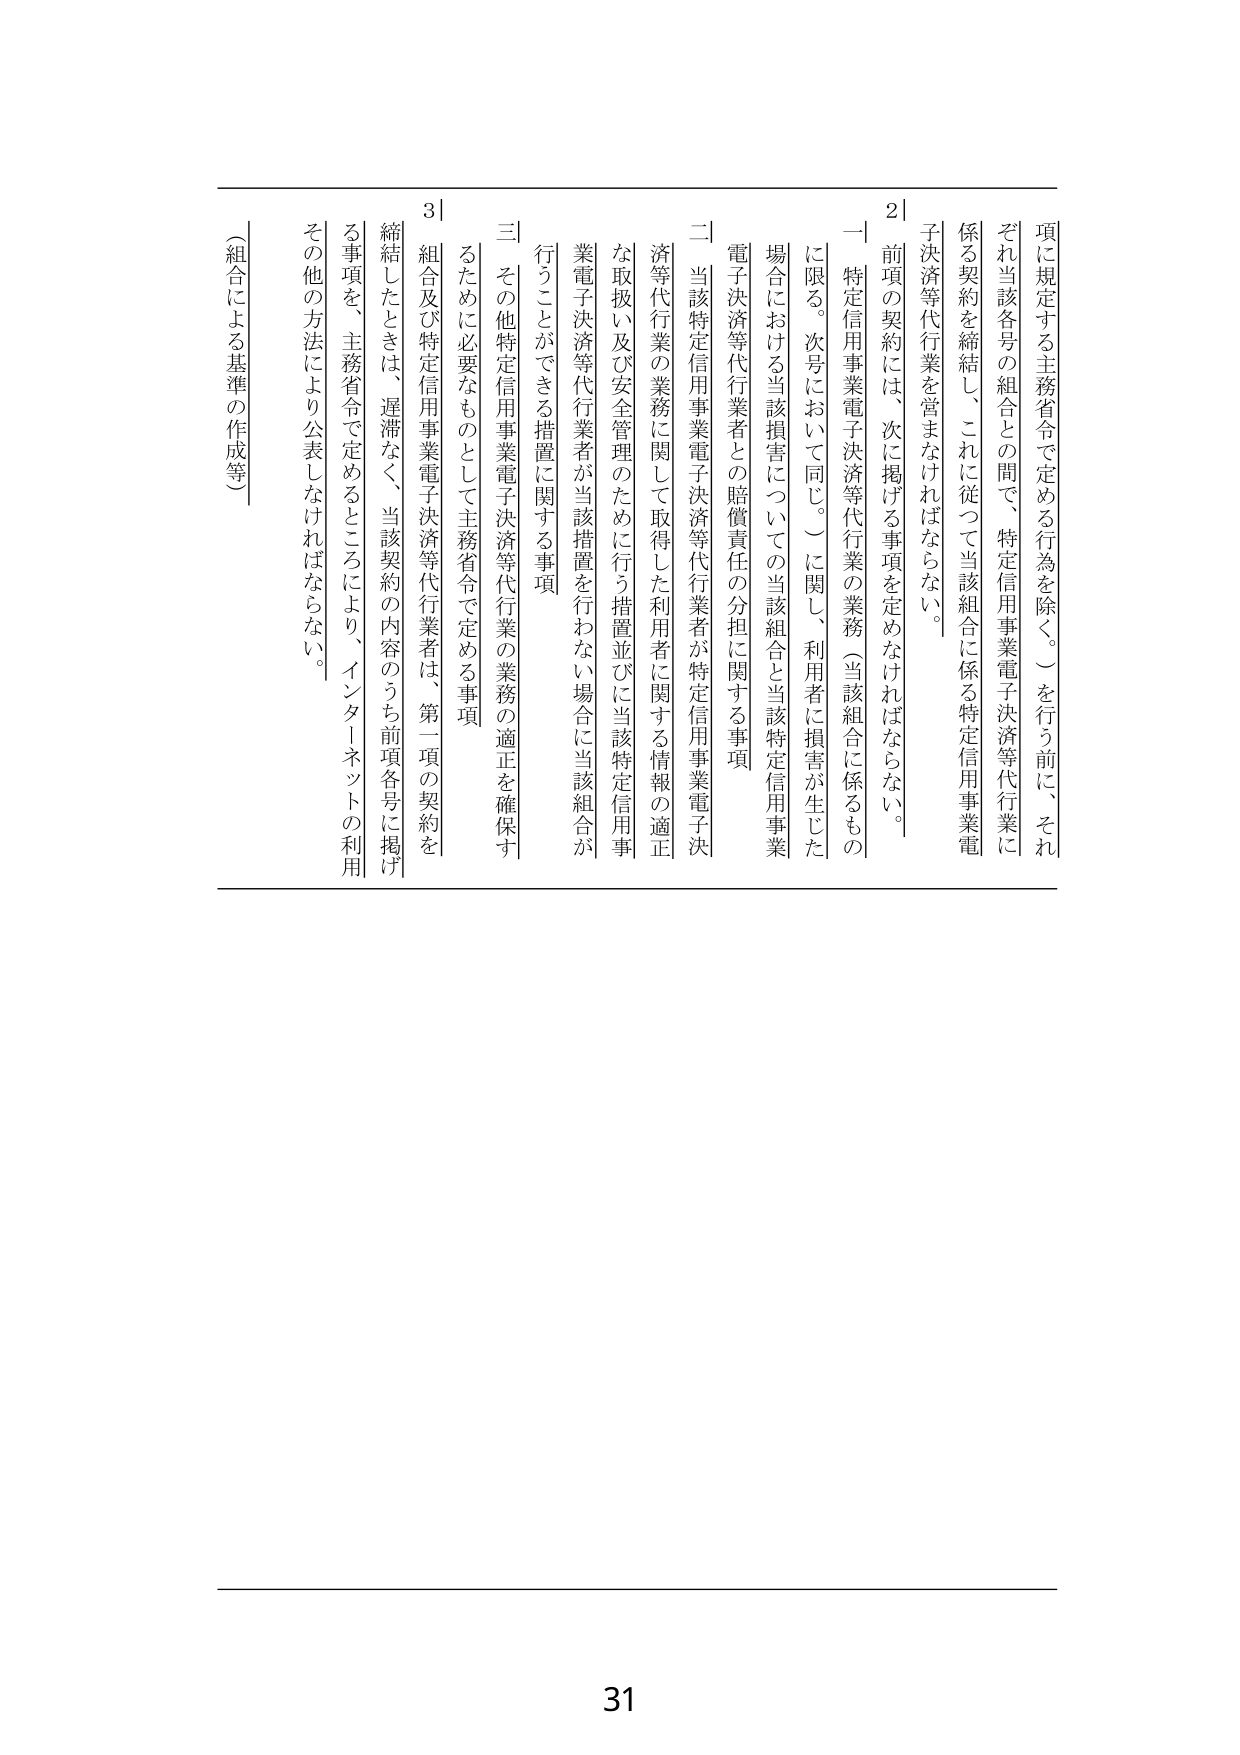
項に規定する主務省令で定める行為を除く。）を行う前に、それ
ぞれ当該各号の組合との間で、特定信用事業電子決済等代行業に
係る契約を締結し、これに従って当該組合に係る特定信用事業電
子決済等代行業を営まなければならない。

2
一 特定信用事業電子決済等代行業の業務（当該組合に係るもの
に限る。次号において同じ。）に関し、利用者に損害が生じた
場合における当該損害についての当該組合と当該特定信用事業
電子決済等代行業者との賠償責任の分担に関する事項

二 当該特定信用事業電子決済等代行業者が特定信用事業電子決
済等代行業の業務に関して取得した利用者に関する情報の適正
な取扱い及び安全管理のために行う措置並びに当該特定信用事
業電子決済等代行業者が当該措置を行わない場合に当該組合が
行うことができる措置に関する事項

三 その他特定信用事業電子決済等代行業の業務の適正を確保す
るために必要なものとして主務省令で定める事項

3
組合及び特定信用事業電子決済等代行業者は、第一項の契約を
締結したときは、遅滞なく、当該契約の内容のうち前項各号に掲げ
る事項を、主務省令で定めるところにより、インターネットの利用
その他の方法により公表しなければならない。

（組合による基準の作成等）

31